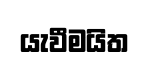
යැවීමයිත